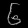
Digit: ၆